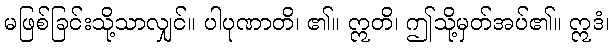
မဖြစ်ခြင်းသို့သာလျှင်။ ပါပုဏာတိ၊ ၏။ ဣတိ၊ ဤသို့မှတ်အပ်၏။ ဣဒံ၊